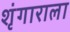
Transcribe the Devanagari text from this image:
शृंगाराला